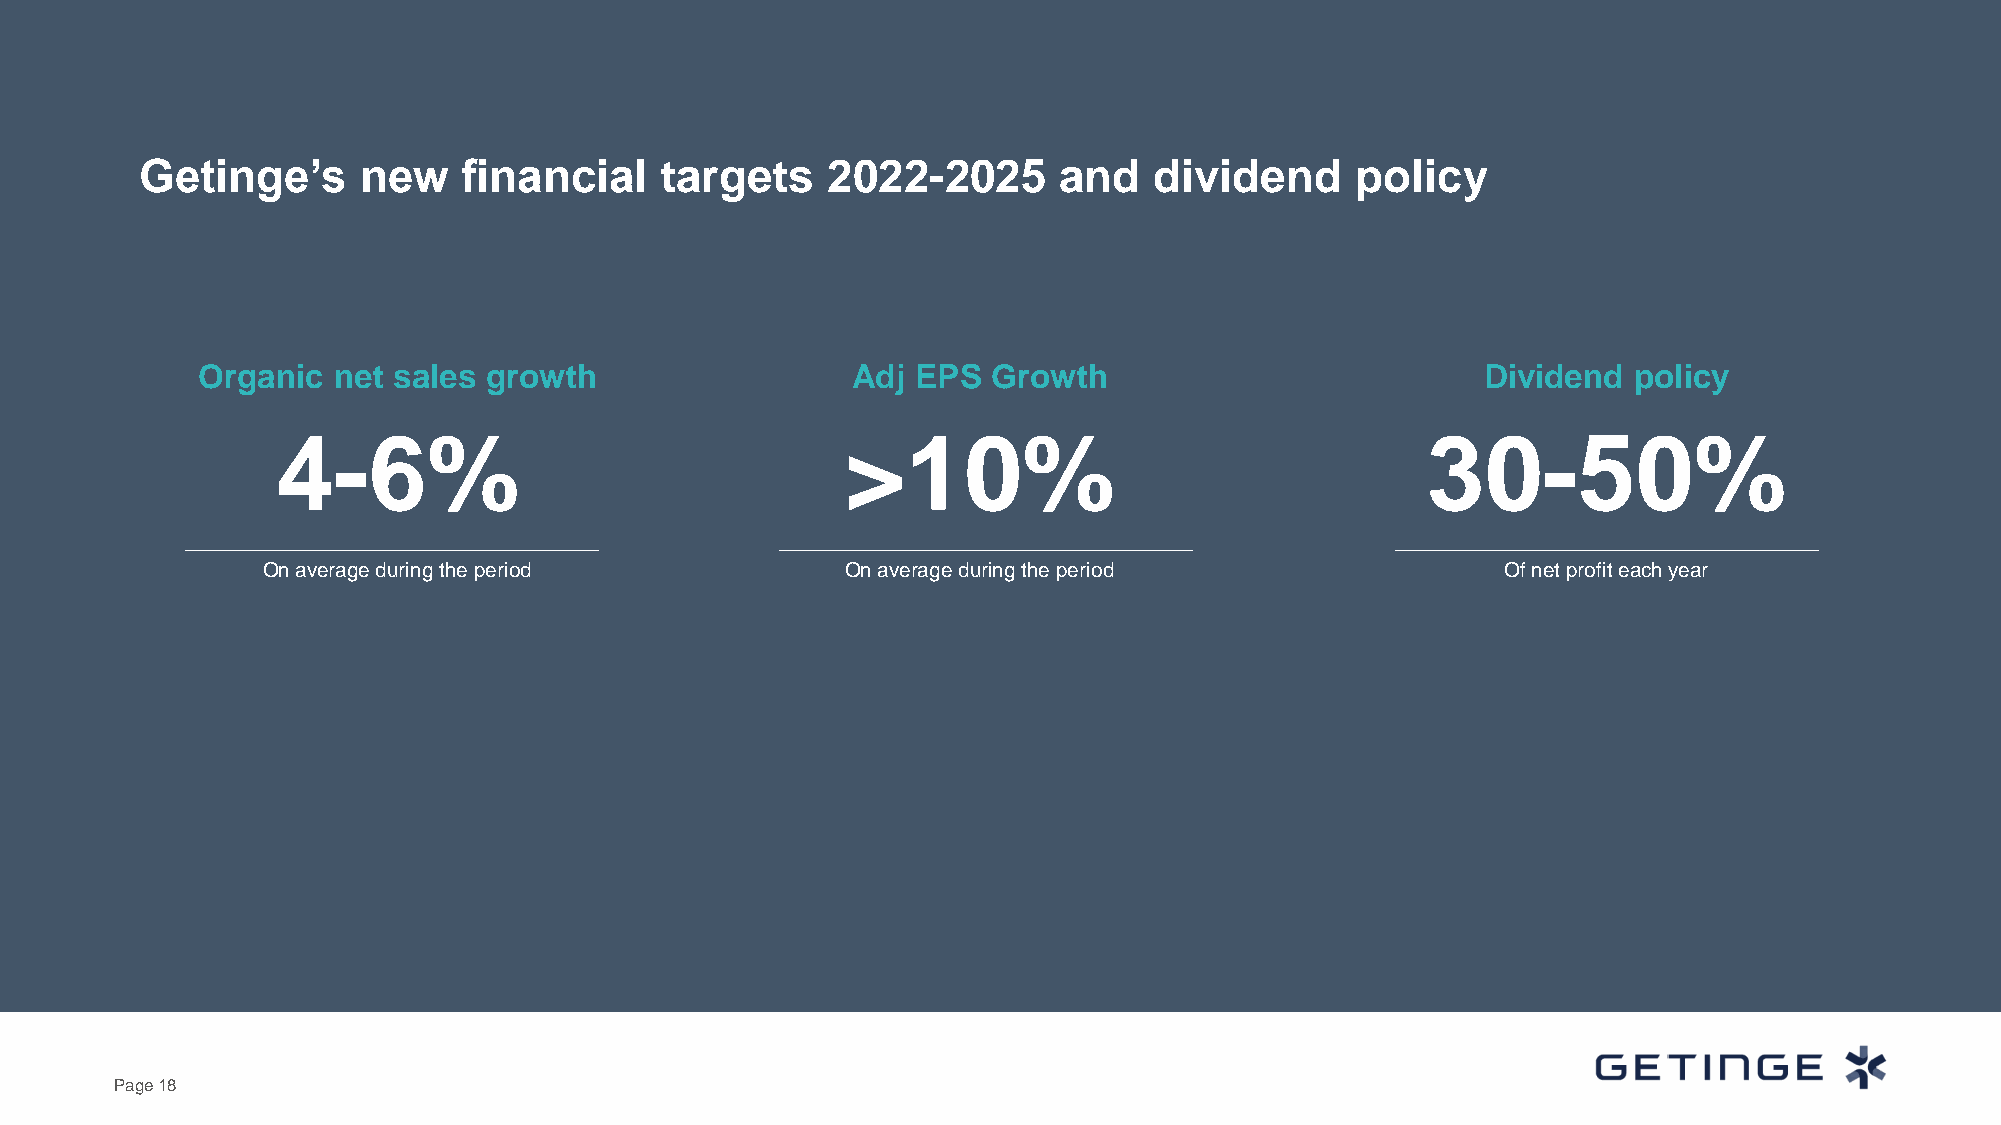
Getinge’s      new    financial    targets    2022-2025      and   dividend      policy
 Organic  net sales growth                  Adj  EPS  Growth                          Dividend  policy
 4-6%                                  >10%                                  30-50%
 On average during the period           On average during the period                Of net profit each year
 Page 18